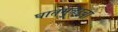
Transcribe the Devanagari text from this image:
घातमुळाचा